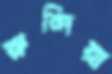
রুন্দিয়া